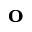
\mathbf { o }